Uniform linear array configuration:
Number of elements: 4
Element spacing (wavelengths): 0.75
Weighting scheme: binomial
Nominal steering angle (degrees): -30
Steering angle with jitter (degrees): -30.927
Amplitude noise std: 0.05
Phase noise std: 0.05

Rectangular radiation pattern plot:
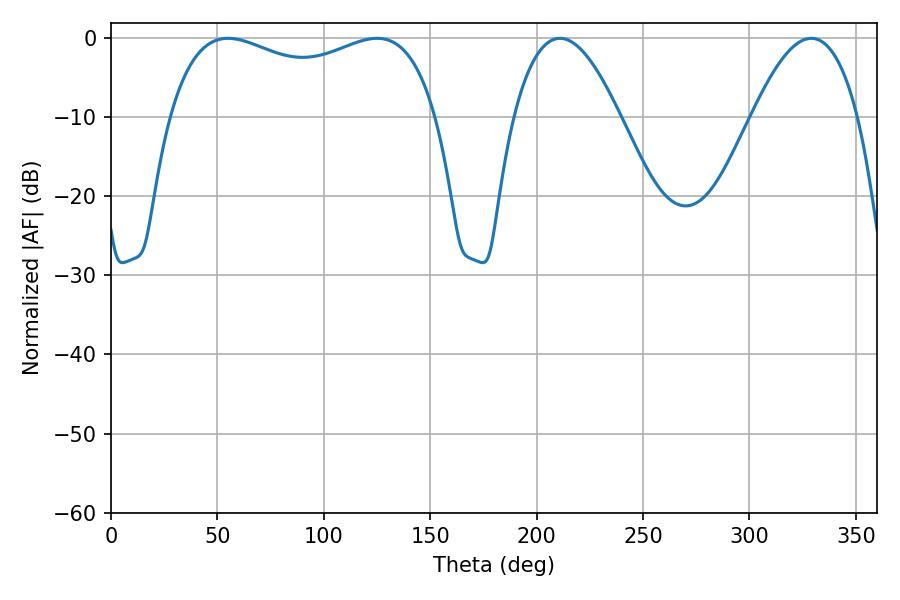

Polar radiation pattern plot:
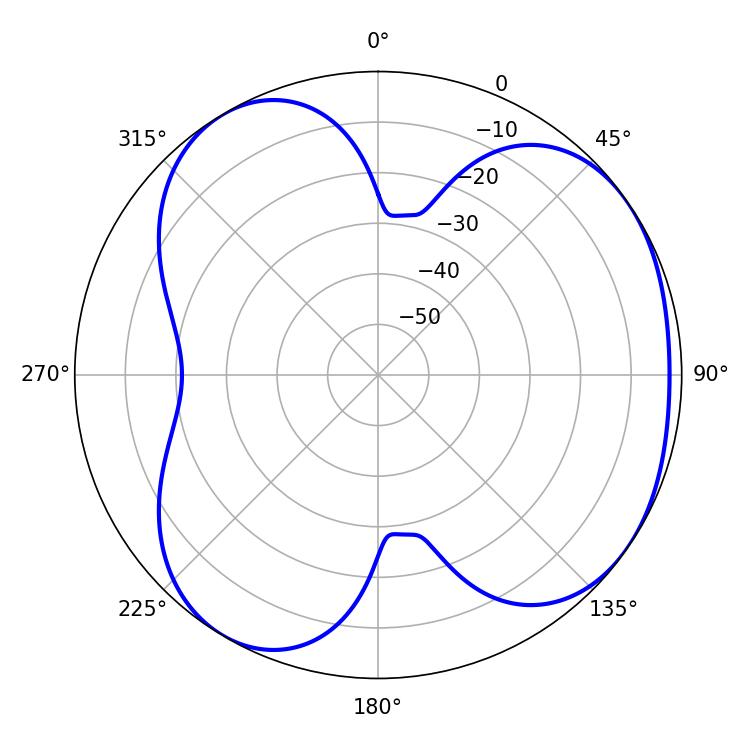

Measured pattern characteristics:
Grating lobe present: TRUE
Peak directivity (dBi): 4.405
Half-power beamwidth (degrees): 27.18
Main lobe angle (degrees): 210.96